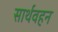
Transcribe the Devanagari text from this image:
सार्थवहन